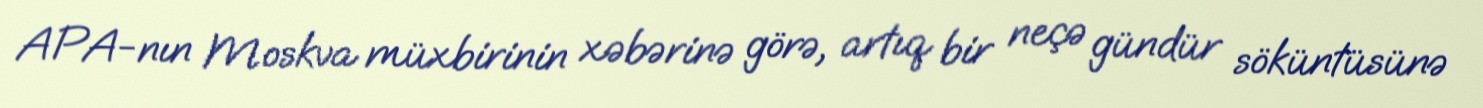
APA-nın Moskva müxbirinin xəbərinə görə, artıq bir neçə gündür söküntüsünə